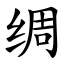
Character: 绸